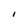
Character: l